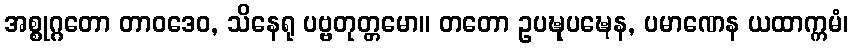
အစ္စုဂ္ဂတော တာဝဒေဝ, သိနေရု ပဗ္ဗတုတ္တမော။ တတော ဥပဍ္ဎုပဍ္ဎေန, ပမာဏေန ယထာက္ကမံ၊